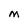
Character: m